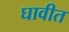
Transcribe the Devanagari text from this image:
घावीत